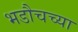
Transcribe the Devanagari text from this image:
भडौचच्या